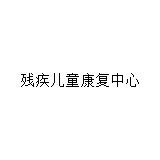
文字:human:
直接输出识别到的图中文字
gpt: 残疾儿童康复中心